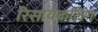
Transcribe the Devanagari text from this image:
रिसायकलिंग